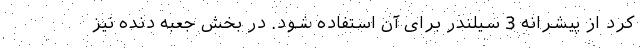
کرد از پیشرانه 3 سیلندر برای آن استفاده شود. در بخش جعبه دنده نیز